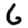
Digit: 6